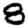
Digit: 8